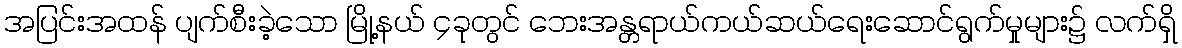
အပြင်းအထန် ပျက်စီးခဲ့သော မြို့နယ် ၄ခုတွင် ဘေးအန္တရာယ်ကယ်ဆယ်ရေးဆောင်ရွက်မှုများ၌ လက်ရှိ